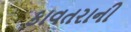
કાવતરાની